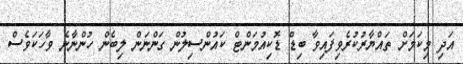
އަދި މިކަމަށް ތައްޔާރުކުރެވިފައިވާ ބިޑް ޑޮކިއުމަންޓް ކައުންސިލުން ގަންނަން ލިބެން ހުންނާނެ ވާހަކަވެސް